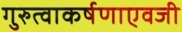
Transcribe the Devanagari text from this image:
गुरुत्वाकर्षणाएवजी